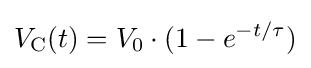
V_{\text{C}}(t)=V_{0}\cdot (1-e^{-t/\tau })